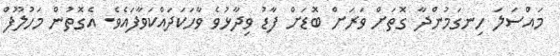
މައްސަލަ ހިނގަމުންދާ ގޮތަށް ވަރަށް ބޮޑަށް ފާޑު ވިދާޅުވެ ވާހަކަދައްކަވާފައެވެ. އެގޮތުން މަހުލޫފް